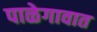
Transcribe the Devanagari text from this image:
पाळेगावात